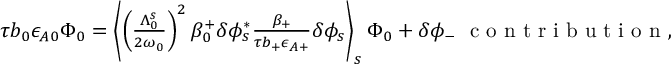
\begin{array} { r } { \tau b _ { 0 } \epsilon _ { A 0 } \Phi _ { 0 } = \left\langle \left( \frac { \Lambda _ { 0 } ^ { s } } { 2 \omega _ { 0 } } \right) ^ { 2 } \beta _ { 0 } ^ { + } \delta \phi _ { s } ^ { * } \frac { \beta _ { + } } { \tau b _ { + } \epsilon _ { A + } } \delta \phi _ { s } \right\rangle _ { s } \Phi _ { 0 } + \delta \phi _ { - } \ \mathrm { ~ c ~ o ~ n ~ t ~ r ~ i ~ b ~ u ~ t ~ i ~ o ~ n ~ } , } \end{array}